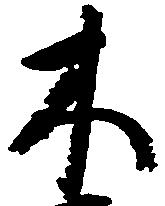
木